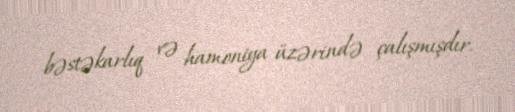
bəstəkarlıq və hamoniya üzərində çalışmışdır.